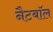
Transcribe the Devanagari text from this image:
नैटबॉल